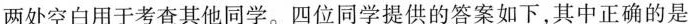
两处空白用于考查其他同学。四位同学提供的答案如下，其中正确的是